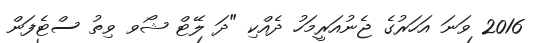
2016 ވަނަ އަހަރުގެ ޖެނުއަރީމަހު ދެއްކި "ދަ ލޭޓް ޝޯވ ވިތު ސްޓެފަން